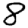
Digit: 8